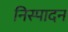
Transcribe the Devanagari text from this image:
निस्पादन